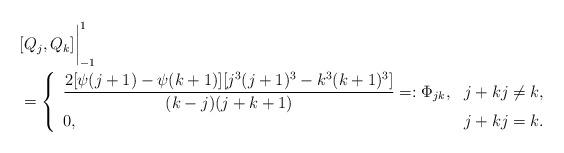
LaTeX: \begin{align*}&[Q_j,Q_k]\bigg|_{-1}^1\\&=\left\{\begin{array}{ll}\dfrac{2[\psi(j+1)-\psi(k+1)][j^3(j+1)^3-k^3(k+1)^3]}{(k-j)(j+k+1)}=:\Phi_{jk},&j+k j\neq k,\\0,& j+k j=k.\end{array}\right.\end{align*}